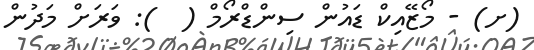
(ށ) - މޯޒޭއިކް ޑައުން ސިންޑްރޯމް (  ): ވަރަށް މަދުން